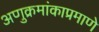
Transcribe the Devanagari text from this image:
अणुक्रमांकाप्रमाणे